Calcutta medical institutions reports 1892-1900
Year: 1892
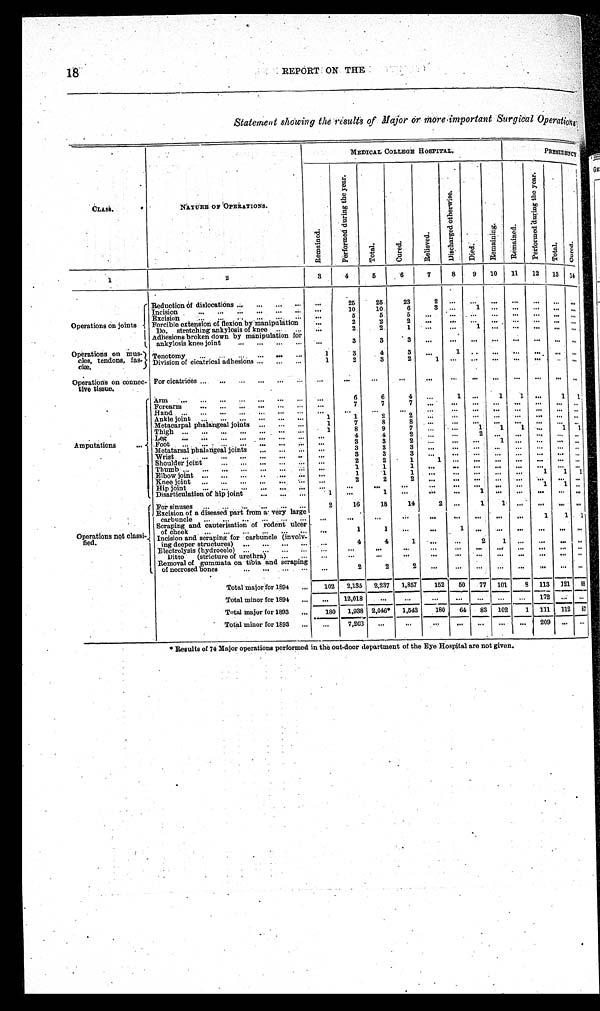
18
REPORT ON THE
S t a t e m e n t s h o w i n g t h e r e s u l t s o f M a j o r o r m o r e i m p o r t a n t S u r g i c a l O p e r a t i o n s .
CLASS.
NATURE OF OPERATIONS.
MEDICAL COLLEGE HOSPITAL.
P R E S I D E N C Y
R e m a i n e d .
P e r f o r m e d d u r i n g t h e y e a r .
T o t a l .
C u r e d .
R e l i e v e d .
D i s c h a r g e d o t h e r w i s e .
Di ed.
Remai ni ng.
R e ma i n e d .
P e r f o r m e d d u r i n g t h e y e a r .
Total.
Cured.
1
2
3
4
5
6
7
8
9
10
11
12
13
1 4
Operations on joints
Reduction of dislocations . . .
. . .
25
25
23
2
. . .
. . .
. . .
. . .
. . .
. . .
. . .
Incision . . .
. . .
10
10
6
3
. . .
1
. . .
. . .
. . .
. . .
. . .
Excision . . .
. . .
5
5
5
. . . . . .
. . .
. . .
. . .
. . .
. . .
. . .
Forcible extension of flexion by manipulation
. . .
2
2
2
. . .
. . .
. . .
. . .
. . .
. . .
. . .
. . .
Do. stretching ankylosis of knee . . .
. . .
2
2
1
. . .
. . .
1
. . .
. . .
. . .
. . .
. . .
Adhesions broken down by manipulation for
ankylosis knee joint . . .
. . .
3
3
3
. . .
. . .
. . .
. . .
. . .
. . .
. . .
. . .
Operations on mus-
cles, tendons, fas-
ciæ.
Tenotomy . . .
1
3
4
3
. . .
1
. . .
. . .
. . .
. . .
. . .
. . .
Division of cicatrical adhesions . . .
1
2
3
2
1 . . .
. . .
. . .
. . .
. . .
. . .
. . .
Operations on connec-
tive tissue.
For cicatrices . . .
. . .
. . .
. . .
. . .
. . .
. . .
. . .
. . .
. . .
. . .
. . . . . .
Amput at i ons . . .
Arm . . .
. . .
6
6
4
. . .
1
. . .
1
1
. . .
1
1
Forearm . . .
. . .
7
7
7
. . .
. . .
. . .
. . .
. . .
. . .
. . .
. . .
Hand . . .
. . .
. . .
. . .
. . .
. . .
. . .
. . .
. . .
. . .
. . .
. . .
. . .
Ankle joint . . .
1
1
2
2
. . .
. . .
. . . . . .
. . .
. . .
. . .
. . .
Metacarpal phalangeal joints . . .
1
7
8
8
. . .
. . .
. . . . . .
. . .
. . .
. . .
. . .
Thigh . . .
1
8
9
7
. . .
. . .
1
1
1
. . .
1
1
Leg . . .
. . .
4
4
2
. . .
. . .
2 . . .
. . .
. . .
. . .
. . .
Foot . . .
. . .
3
3
2
. . .
. . .
. . .1
. . .. . .
. . .
. . .
Metatarsal phalangeal joints . . .
. . .
3
3
3
. . .
. . .
. . .
. . .
. . .
. . .
. . .
. . .
Wrist . . .
. . .
3
3
3
. . .
. . .
. . . . . .
. . .
. . .
. . .
. . .
Shoulder joint . . .
. . .
2
2
1
1
. . .
. . . . . .
. . .
. . .
. . .
. . .
Thumb . . .
. . .
1
1
1
. . .
. . .
. . . . . .
. . .
. . .
. . .
. . .
Elbow joint . . .
. . .
1
1
1
. . .
. . .
. . .
. . .
. . .
1
1
1
Knee joint . . .
. . .
2
2
2
. . .
. . .
. . .
. . .
. . . . . .
. . .
. . .
Hip joint . . .
. . .
. . .
. . .
. . .
. . .
. . .
. . .
. . .
. . . 1
1
. . .
Disarticulation of hip joint . . .
1
. . .
1
. . .
. . .
. . .
1
. . .
. . .
. . .
. . .
. . .
Operations not class i-
fi ed.
For sinuses . . .
2
16
18
14
2
. . .
1 1
. . .
. . .
. . .
. . .
Excision of a diseased part from a very large carbuncle . . .
. . .
. . .
. . .
. . .
. . .
. . .
. . .
. . .
. . .
1
1
1
Scraping and cauterisation of
rodent ulcer
of cheek . . .
. . .
1
1
. . .
. . .
1
. . .
. . .
. . .
. . .
. . .
. . .
I n c i s i o n a n d s c r a p i n g f o r c a r b u n c l e ( i n v o l v -
i n g d e e p e r s t r u c t u r e s ) . . .
. . .
4
4
1
. . .
. . .
2
1
. . .
. . .
. . .
. . .
Electrolysis (hydrocele) . . .
. . .
. . .
. . .
. . .
. . .
. . .
. . . . . .
. . .
. . .
. . .
. . .
Ditto (stricture of urethra) . . .
. . .
. . .
. . .
. . .
. . .
. . .
. . .
. . .
. . .
. . .
. . .
. . .
Removal of gummata on tibia and scraping
of necrosed bones . . .
. . .
2
2
2
. . .
. . .
. . .
. . .
. . .
. . .
. . .
. . .
Total major for 1894 . . .
102
2,135
2,237
1,857
152
50
77
1 0 1
8
113
1 2 1
88
Total minor for 1894 . . .
. . .
12,018
. . .
. . .
. . .
. . .
. . .. . .
. . .
1 7 2
. . .
. . .
Total major for 1893 . . .
180
1,938 2,046*
1,543
180
64
83
102
1
111
112
87
Total minor for 1893 . . .
. . .
7,203
. . .
. . .
. . .
. . .
. . .. . .
. . . 209
. . .
. . .
* Results of 74 Major operations performed in the out-door department of the Eye Hospital are not given.